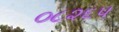
૦૮૨૬૫